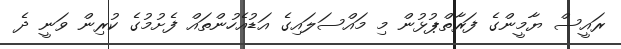
ރައީސް ޔާމީންގެ ފަރާތްޕުޅުން މި މައްސަލައިގެ އަޑުއެހުންތައް ފެށުމުގެ ކުރިން ވަނީ ދެ